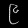
Digit: ၉